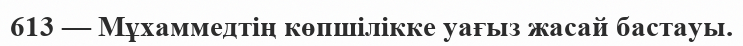
613 — Мұхаммедтің көпшілікке уағыз жасай бастауы.